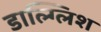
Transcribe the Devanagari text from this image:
डाल्ग्लिश